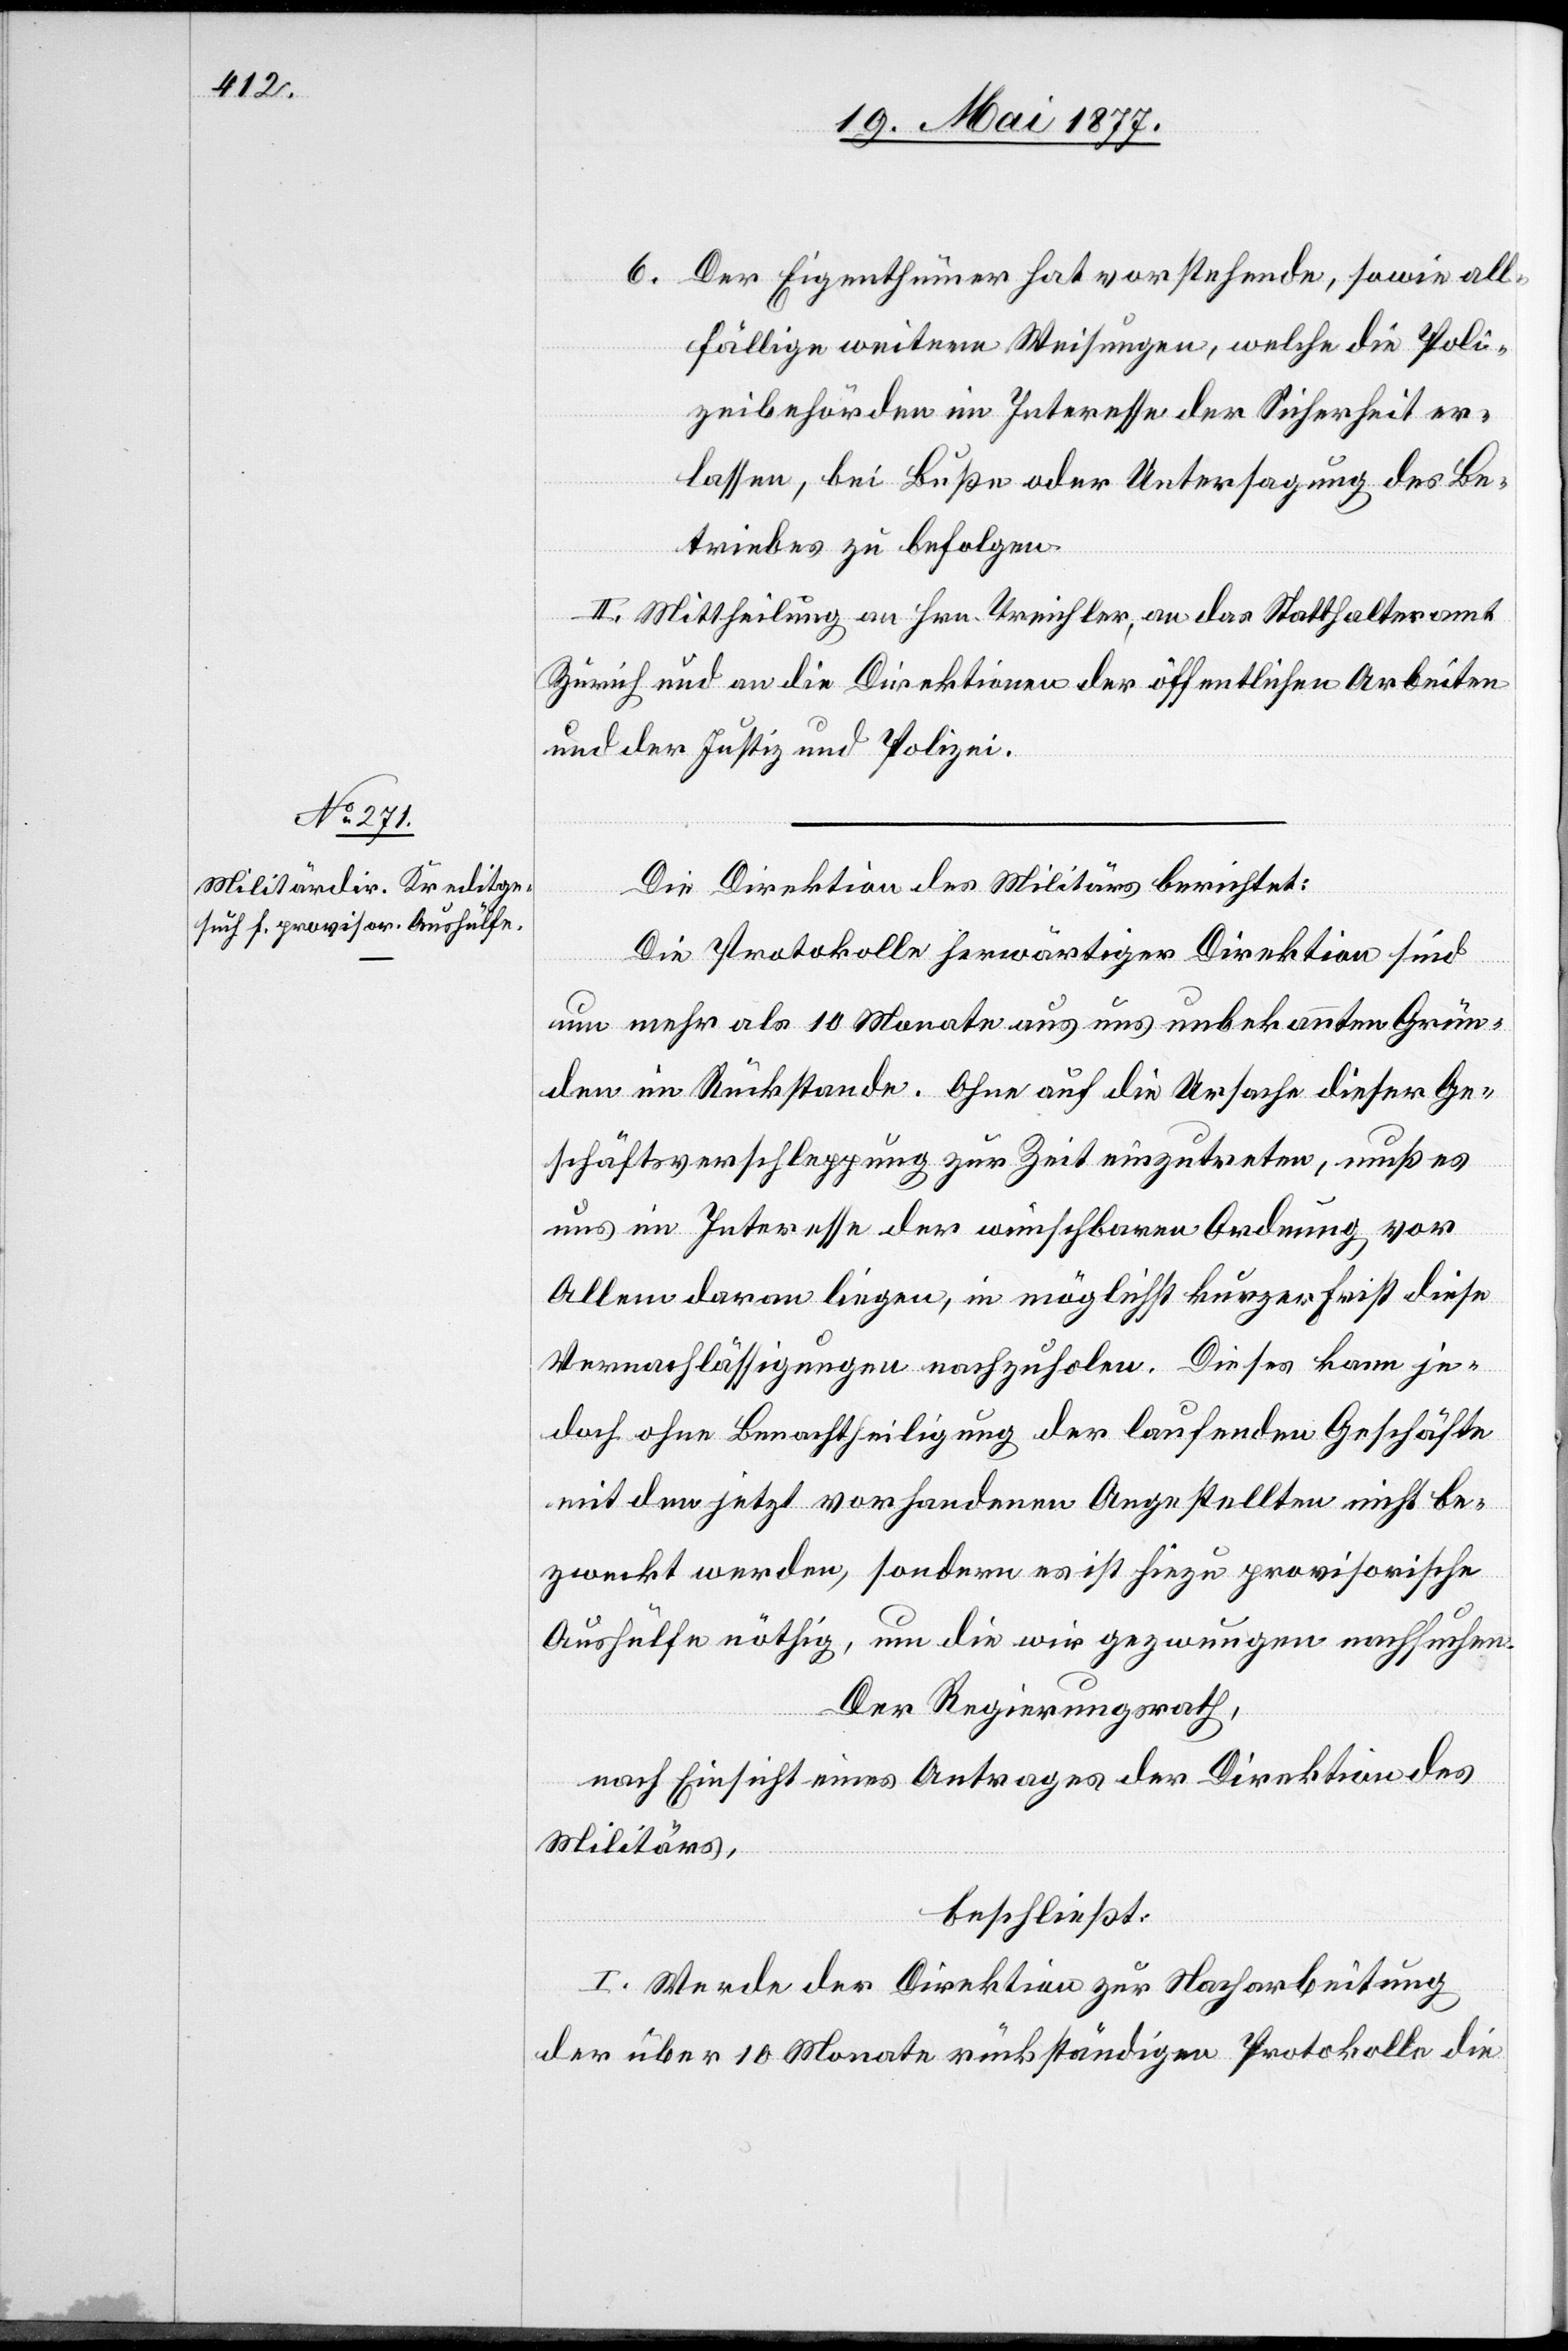
6. Der Eigenthümer hat vorstehende, sowie all¬
fällige weitere Weisungen, welche die Poli¬
zeibehörden im Interesse der Sicherheit er¬
lassen, bei Buße oder Untersagung des Be¬
triebes zu befolgen.
II. Mittheilung an Hrn. Treichler, an das Statthalteramt
Zürich und an die Direktionen der öffentlichen Arbeiten
und der Justiz und Polizei.
Die Direktion des Militärs berichtet:
Die Protokolle herwärtiger Direktion sind
um mehr als 10 Monate aus uns unbekannten Grün¬
den im Rückstande. Ohne auf die Ursache dieser Ge¬
schäftsverschleppung zur Zeit einzutreten, muß es
uns im Interesse der wünschbaren Ordnung vor
Allem daran liegen, in möglichst kurzer Frist diese
Vernachlässigungen nachzuholen. Dieses kann je¬
doch ohne Benachtheiligung der laufenden Geschäfte
mit den jetzt vorhandenen Angestellten nicht be¬
zweckt werden, sondern es ist hiezu provisorische
Aushülfe nöthig, um die wir gezwungen nachsuchen.
Der Regierungsrath,
nach Einsicht eines Antrages der Direktion des
Militärs,
beschließt:
I. Werde der Direktion zur Nacharbeitung
der über 10 Monate rückständigen Protokolle die